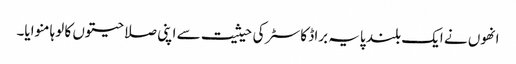
انھوں نے ایک بلند پایہ براڈ کاسٹر کی حیثیت سے اپنی صلاحیتوں کا لوہا منوایا۔